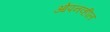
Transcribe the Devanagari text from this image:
ओपनव्हील